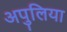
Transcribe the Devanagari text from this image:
अपुलिया